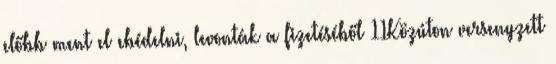
előbb ment el ebédelni, levonták a fizetéséből 11Közúton versenyzett